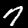
Digit: 7